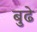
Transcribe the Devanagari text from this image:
बुढे